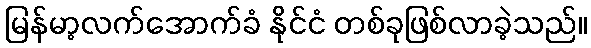
မြန်မာ့လက်အောက်ခံ နိုင်ငံ တစ်ခုဖြစ်လာခဲ့သည်။